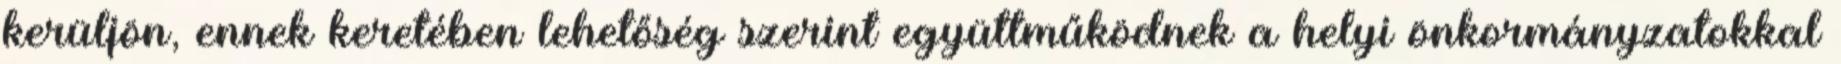
kerüljön, ennek keretében lehetőség szerint együttműködnek a helyi önkormányzatokkal